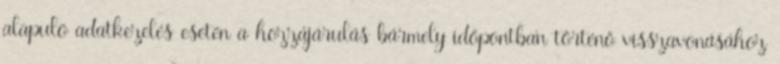
alapuló adatkezelés esetén a hozzájárulás bármely időpontban történő visszavonásához